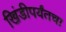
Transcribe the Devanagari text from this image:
खिंडीपर्यंतचा